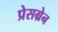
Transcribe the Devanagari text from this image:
प्रेसग्रेन